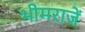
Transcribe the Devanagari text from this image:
भीमराजें